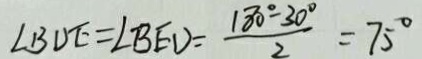
\angle B D E = \angle B E D = \frac { 1 8 0 ^ { \circ } - 3 0 ^ { \circ } } { 2 } = 7 5 ^ { \circ }